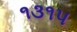
૧૩૧૫